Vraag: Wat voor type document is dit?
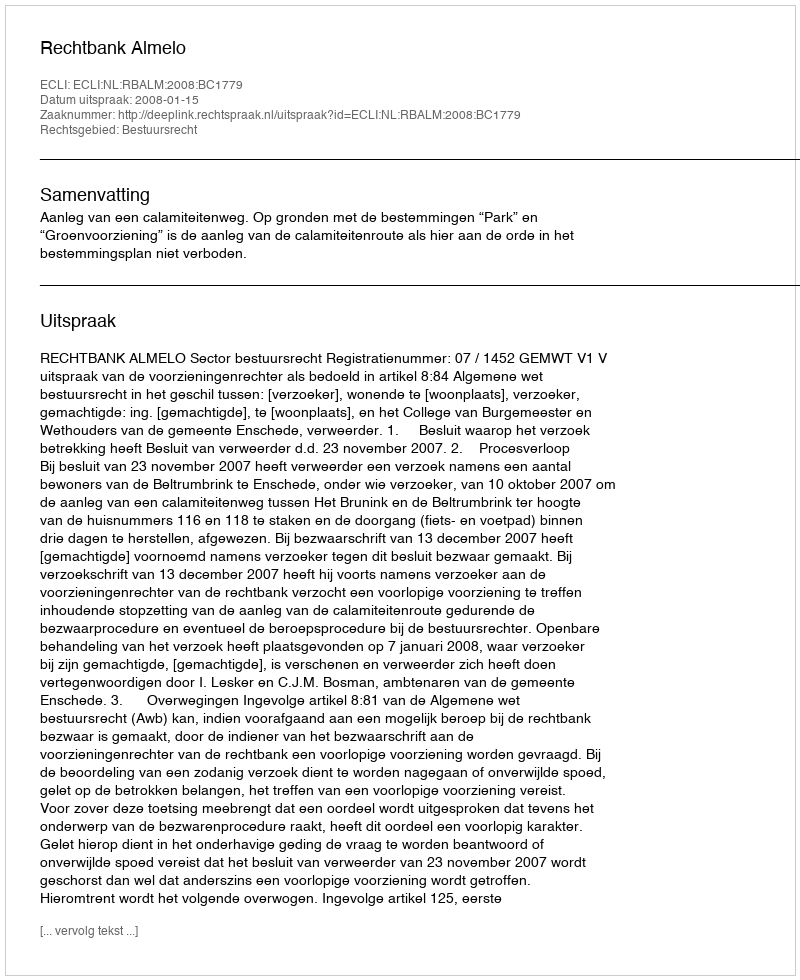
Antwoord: Uitspraak